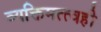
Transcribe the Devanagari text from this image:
व्यक्तिमत्त्वही